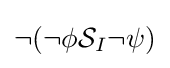
\neg (\neg \phi {\mathcal {S}}_{I}\neg \psi )